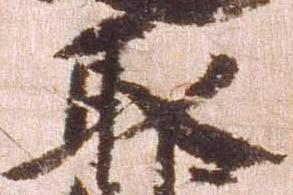
取